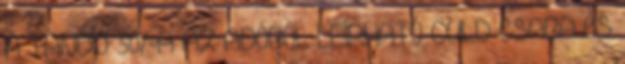
A TANDÍJ 30%-A AZ ADÓBÓL LEÍRHATÓ GULD CSABA és